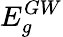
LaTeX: E_{g}^{GW}